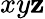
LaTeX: xy\mathbf{z}